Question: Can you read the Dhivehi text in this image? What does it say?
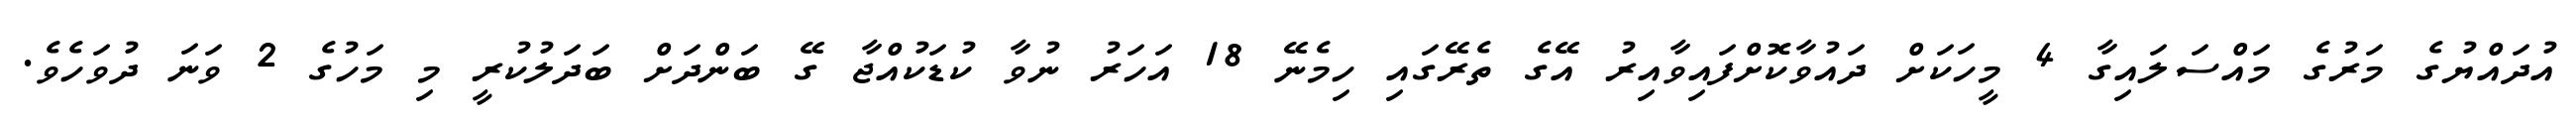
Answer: އުދައްޔުގެ މަރުގެ މައްސަލައިގާ 4 މީހަކަށް ދައުވާކޮށްފައިވާއިރު އޭގެ ތެރޭގައި ހިމެނޭ 18 އަހަރު ނުވާ ކުޑަކުއްޖާ ގޭ ބަންދަށް ބަދަލުކުރީ މި މަހުގެ 2 ވަނަ ދުވަހެވެ.